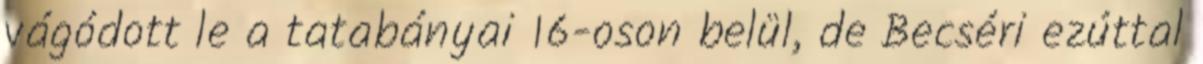
vágódott le a tatabányai 16-oson belül, de Becséri ezúttal